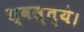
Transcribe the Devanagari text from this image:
स्वस्त्ये।